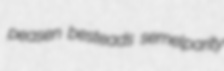
peasen besteads semelparity